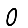
Digit: 0